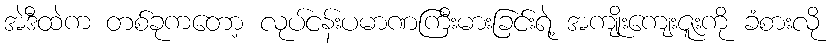
အဲဒီထဲက တစ်ခုကတော့ လုပ်ငန်းပမာဏကြီးမားခြင်းရဲ့ အကျိုးကျေးဇူးကို ခံစားလို